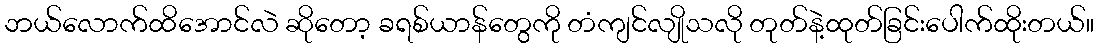
ဘယ်လောက်ထိအောင်လဲ ဆိုတော့ ခရစ်ယာန်တွေကို တံကျင်လျိုသလို တုတ်နဲ့ထုတ်ခြင်းပေါက်ထိုးတယ်။